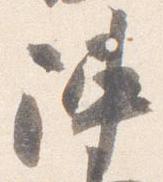
陣